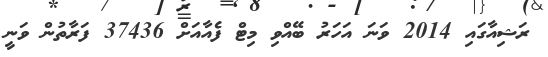
ރަޝިއާގައި 2014 ވަނަ އަހަރު ބޭއްވި މިޓް ފެއާއަށް 37436 ފަރާތުން ވަނީ